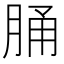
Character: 𦛸